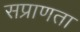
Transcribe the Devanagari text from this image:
सप्राणता